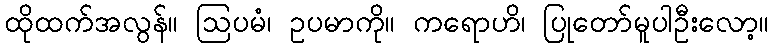
ထိုထက်အလွန်။ ဩပမံ၊ ဥပမာကို။ ကရောဟိ၊ ပြုတော်မူပါဦးလော့။